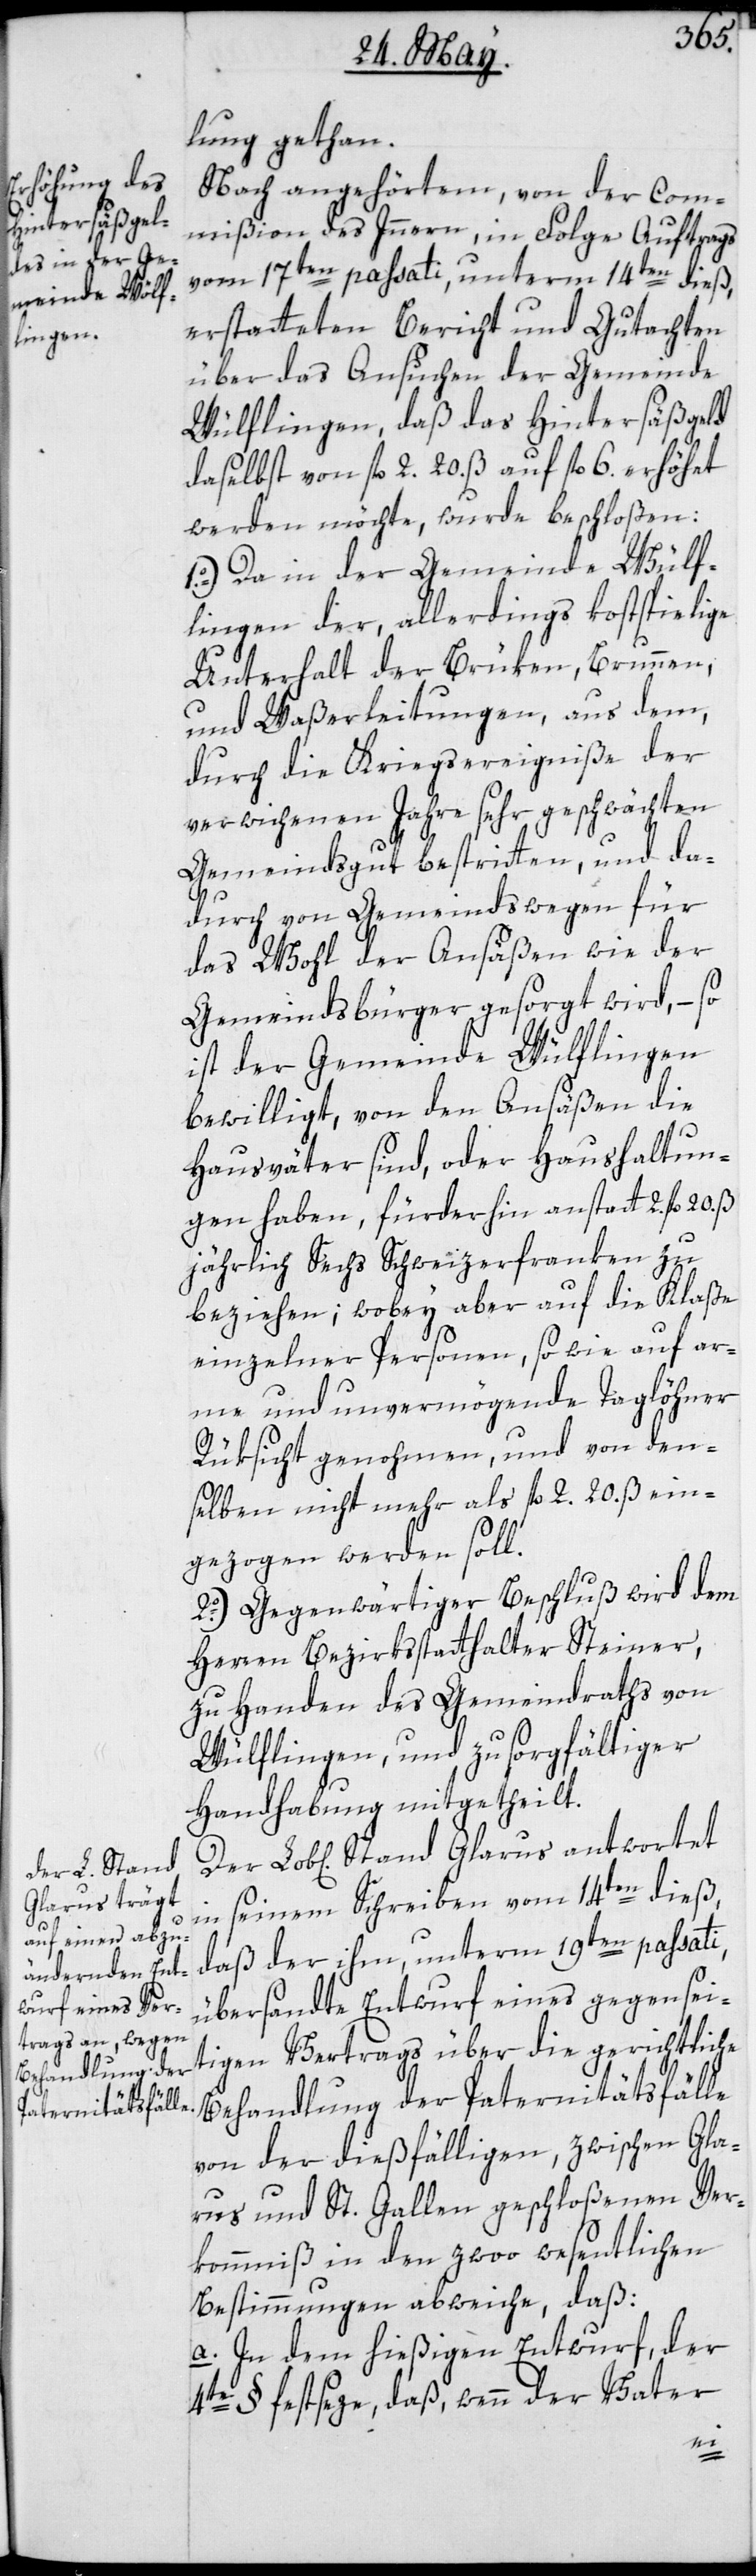
lung gethan.
Nach angehörtem, von der Com¬
mißion des Innern, in Folge Auftrags
vom 17ten passati, unterm 14ten dieß,
erstatteten Bericht und Gutachten
über das Ansuchen der Gemeinde
Wülflingen, daß das Hintersäßgeld
daselbst von fl. 2. 20. ß auf fl. 6. erhöhet
werden möchte, wurde beschloßen:
1o.) Da in der Gemeinde Wülf¬
lingen der, allerdings kostspielige
Unterhalt der Brüken, Brunnen
und Waßerleitungen, aus dem,
durch die Kriegsereigniße der
verwichenen Jahre sehr geschwächten
Gemeindsgut bestritten, und da¬
durch von Gemeindswegen für
das Wohl der Ansäßen wie der
Gemeindsbürger gesorgt wird, – so
ist der Gemeinde Wülflingen
bewilligt, von den Ansäßen die
Hausväter sind, oder Haushaltun¬
gen haben, fürderhin anstatt 2. fl.
jährlich Sechs Schweizerfranken zu
beziehen; wobey aber auf die Klaße
einzelner Personen, sowie auf ar¬
me und unvermögende Taglöhner
Rüksicht genohmen, und von den¬
selben nicht mehr als fl. 2. 20. ß ein¬
gezogen werden soll.
2o.) Gegenwärtiger Beschluß wird dem
Herren Bezirksstatthalter Steiner,
zu Handen des Gemeindraths von
Wülflingen, und zu sorgfältiger
Handhabung mitgetheilt.
Lob[liche] Stand Glarus antwortet
in seinem Schreiben vom 14ten dieß,
daß der ihm unterm 19ten passati,
übersandte Entwurf eines gegensei¬
tigen Vertrags über die gerichtliche
Behandlung der Paternitätsfälle
von der dießfälligen, zwischen Gla¬
rus und St. Gallen geschloßenen Ver¬
kommniß in den zwoo wesentlichen
Bestimmungen abweiche, daß:
a. In dem hießigen Entwurf der
4te § festseze, daß, wenn der Vater